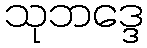
သုဘဒ္ဒေ